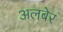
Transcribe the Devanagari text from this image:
अलबेर